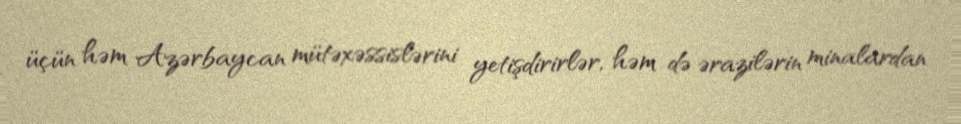
üçün həm Azərbaycan mütəxəssislərini yetişdirirlər, həm də ərazilərin minalardan